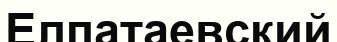
Елпатаевский